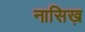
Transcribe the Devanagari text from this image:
नासिख़